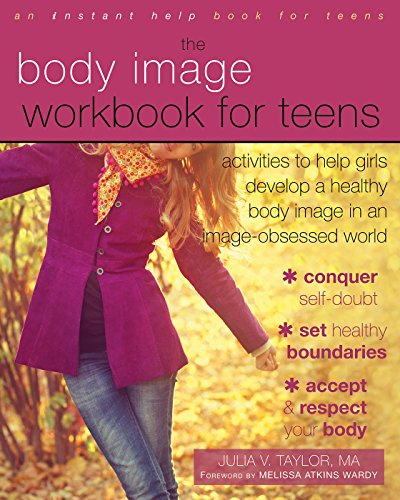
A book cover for The Body Image Workbook for Teens: Activities to Help Girls Develop a Healthy Body Image in an Image-Obsessed World; Julia V. Taylor MA; Teen & Young Adult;